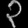
Digit: ၃